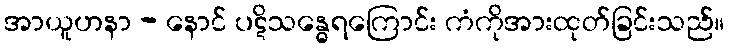
အာယူဟနာ - နောင် ပဋိသန္ဓေရကြောင်း ကံကိုအားထုတ်ခြင်းသည်။